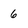
Character: 6